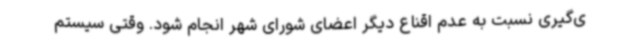
ی‌گیری نسبت به عدم اقناع دیگر اعضای شورای شهر انجام شود. وقتی سیستم